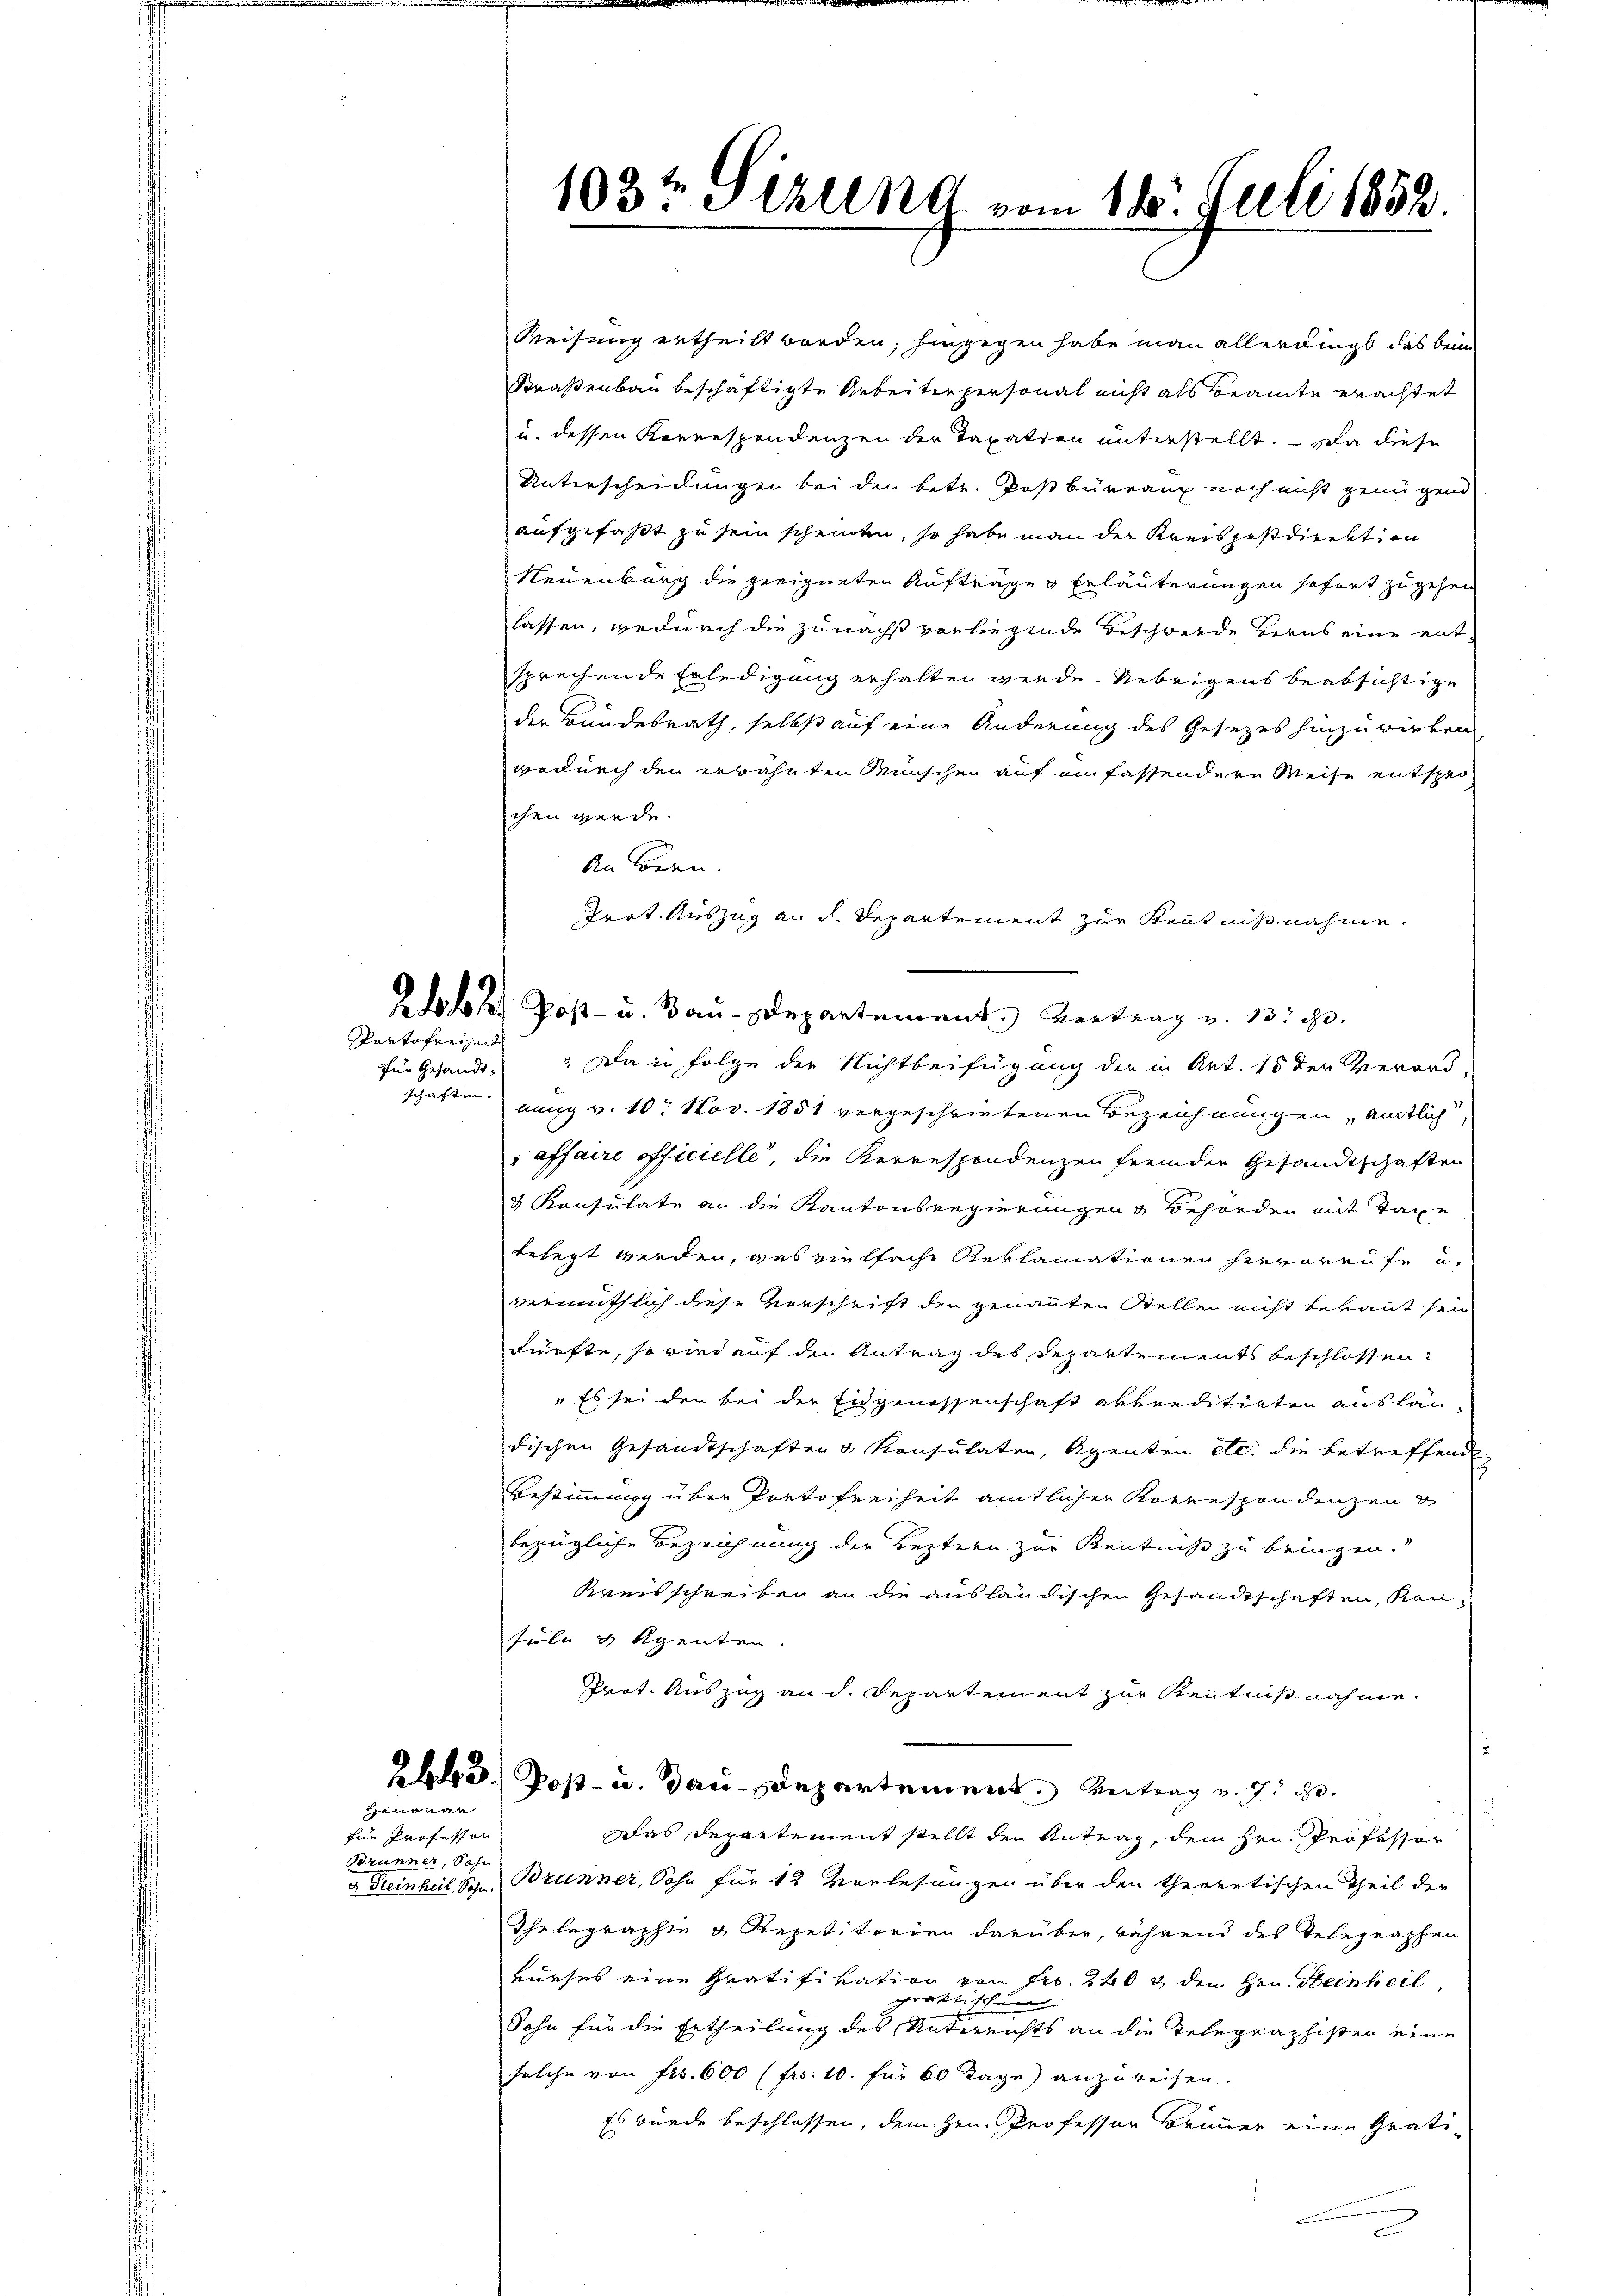
Partofreiheit

Honoran

für Professon
Brunner, Sohn

103t Sizung vom 14. Juli 1852.

Reisung ertheilt worden; hingegen habe man allerdings das bei
Straßenbau beschäftigte Arbeiter personal nicht als Beamte erachtet
u. dessen Korrespondenzen der Taxation unterstellt. — Da diese
Unterscheidungen bei den betr. Postbürrang noch nicht genügend
aufgefaßt zu sein schenden, so habe man der Kreispostdirektion
Neuenburg die geeigneten Aufträge & Erläuterungen sofort zugehen
lassen, wodurch die zunächst verliegende Beschwerde Berns eine entsprechende Erledigung erhalten werde. Uebrigens beabsichtige
der Bundesrath, selbst auf eine Änderung des Gesezes hinzuwirken
wodurch den erwähnten Wünschen auf ein fassendere Weise entsper
chen gende.
An Bern.
Trot. Auszug an d. Departement zur Kenntnißnahme.
für Gesandt. Da in Folge der Nichtbeifügung der in Art. 15 der Verord-
schaften einig v. 10. Nov. 1851 vergeschriebenen Bezeichnungen amtlich
affaire officielle, die Korrespondenzen fremder Gesandtschaften
d Konsulate an die Kantonsregierungen Behörden mit Taxe
belegt werden, was vielfache Reklamationen hervorrufe u.
vermuthlich diese Vorschrift den genannten Stellen nicht bekant sein
dürfte, so wird auf den Antrag des Departements beschlossen:
" Es sei den bei der Eidgenossenschaft abkreditirten auslan
dischen Gesandtschaften & Konsulaten, Agenten etc. die betreffend
Bestimmung über Portofreiheit amtlicher Korrespondenzen &
bezügliche Bezeichnung der Leztern zur Kenntniß zu bringen.
Kreisschreiben an die ausländischen Gesandtschaften, Kenfüle & Agenten.
Prot. Auszug an d. Departement zur Kenntniß nahme.
23.) Post- u. Gau-Departement. Antrag v. J. J.
Das Departement stellt den Antrag, dem Hrn. Professor
a Steinheil, Sohn, Brunner, Sohn für 13 Vorlesungen über den theoretischen Theil der
Thelegraphie & Repetitorien darüber, während des Telegraphen
kurses eine Gratifikation von Fr. 240 & den Hrn. Steinheil
grott
sch
Sohn für die Ertheilung des Unterrichts an die Telegraphisten eine
solche von Frs. 600 (frs. 10. für 60 Tage) anzureisen.
Es wurde beschlossen, dem Hrn. Professor Brunner eine Gratid

olo. Post- u. Bau-Departement. Vortrag v. 13. d.